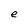
Character: e